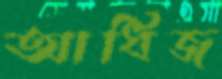
আধিজ